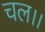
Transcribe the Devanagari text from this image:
चल।।